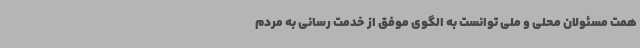
همت مسئولان محلی و ملی توانست به الگوی موفق از خدمت رسانی به مردم